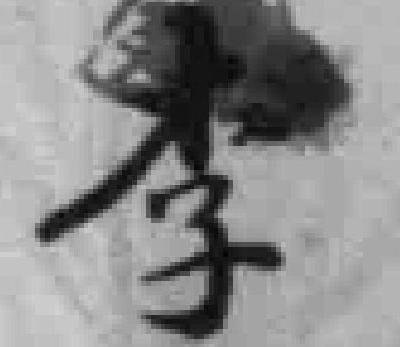
李